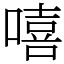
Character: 嘻